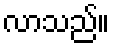
လာသည်။